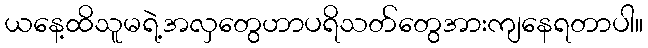
ယနေ့ထိသူမရဲ့အလှတွေဟာပရိသတ်တွေအားကျနေရတာပါ။